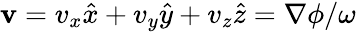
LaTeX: {\mathbf v}=v_{x}\hat{x}+v_{y}\hat{y}+v_{z}\hat{z}=\nabla\phi/\omega